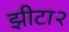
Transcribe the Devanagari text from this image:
झीटा२